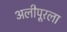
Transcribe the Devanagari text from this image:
अलीपूरला